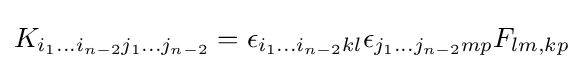
K_{i_{1}...i_{n-2}j_{1}...j_{n-2}}=\epsilon _{i_{1}...i_{n-2}kl}\epsilon _{j_{1}...j_{n-2}mp}F_{lm,kp}